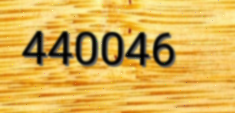
440046